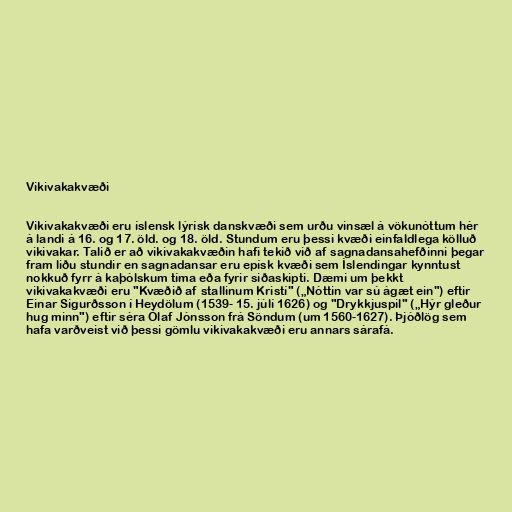
Vikivakakvæði

Vikivakakvæði eru íslensk lýrísk danskvæði sem urðu vinsæl á vökunóttum hér
á landi á 16. og 17. öld. og 18. öld. Stundum eru þessi kvæði einfaldlega kölluð
vikivakar. Talið er að vikivakakvæðin hafi tekið við af sagnadansahefðinni þegar
fram liðu stundir en sagnadansar eru epísk kvæði sem Íslendingar kynntust
nokkuð fyrr á kaþólskum tíma eða fyrir siðaskipti. Dæmi um þekkt
vikivakakvæði eru "Kvæðið af stallinum Kristí" („Nóttin var sú ágæt ein") eftir
Einar Sigurðsson í Heydölum (1539- 15. júlí 1626) og "Drykkjuspil" („Hýr gleður
hug minn") eftir séra Ólaf Jónsson frá Söndum (um 1560-1627). Þjóðlög sem
hafa varðveist við þessi gömlu vikivakakvæði eru annars sárafá.